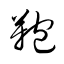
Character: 鞄